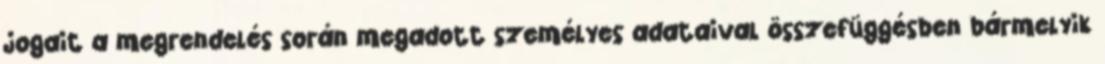
jogait a megrendelés során megadott személyes adataival összefüggésben bármelyik